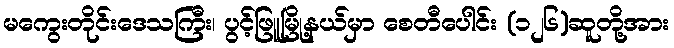
မကွေးတိုင်းဒေသကြီး၊ ပွင့်ဖြူမြို့နယ်မှာ စေတီပေါင်း (၁၂၆)ဆူတို့အား